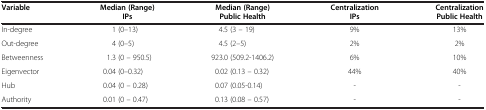
<table><thead><tr><td rowspan="2"><b>Variable</b></td><td><b>Median (Range)IPs</b></td><td><b>Median (Range)Public Health</b></td><td><b>CentralizationIPs</b></td><td><b>CentralizationPublic Health</b></td></tr></thead><tbody><tr><td>In-degree</td><td>1 (0–13)</td><td>4.5 (3 – 19)</td><td>9%</td><td>13%</td></tr><tr><td>Out-degree</td><td>4 (0–5)</td><td>4.5 (2–5)</td><td>2%</td><td>2%</td></tr><tr><td>Betweenness</td><td>1.3 (0 – 950.5)</td><td>923.0 (509.2-1406.2)</td><td>6%</td><td>10%</td></tr><tr><td>Eigenvector</td><td>0.04 (0–0.32)</td><td>0.02 (0.13 – 0.32)</td><td>44%</td><td>40%</td></tr><tr><td>Hub</td><td>0.04 (0 – 0.28)</td><td>0.07 (0.05-0.14)</td><td>-</td><td>-</td></tr><tr><td>Authority</td><td>0.01 (0 – 0.47)</td><td>0.13 (0.08 – 0.57)</td><td>-</td><td>-</td></tr></tbody></table>